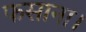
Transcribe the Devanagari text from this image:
फसाना।